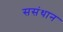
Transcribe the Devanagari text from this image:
ससंथान